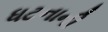
ધટનાની